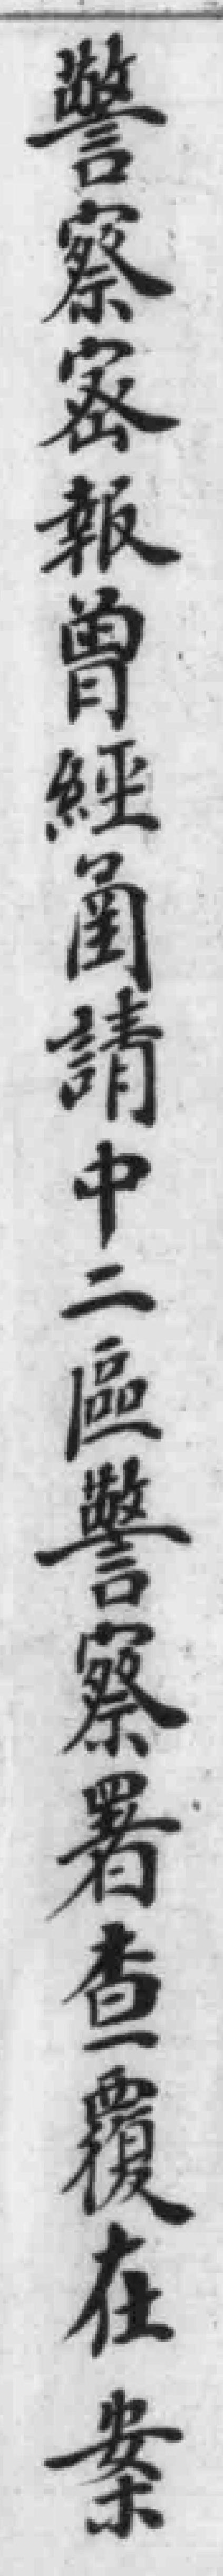
警察密報曾經圅請中二區警察署查覆在案